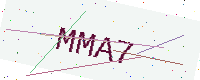
Text: MMA7